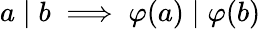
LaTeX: a\mid b\implies\varphi(a)\mid\varphi(b)